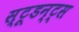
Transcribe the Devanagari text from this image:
स्टूडन्ट्स